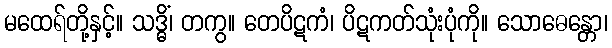
မထေရ်တို့နှင့်။ သဒ္ဓိံ၊ တကွ။ တေပိဋကံ၊ ပိဋကတ်သုံးပုံကို။ သောဓေန္တော၊